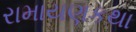
રામાયણકથા